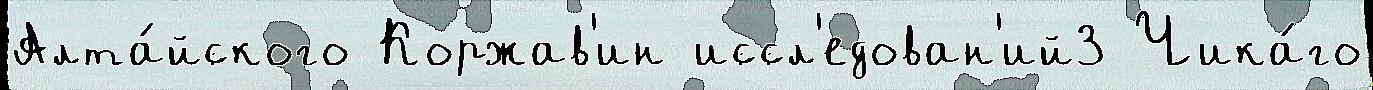
Алта́йского Коржав'ин иссл'едован'ий3 Чика́го